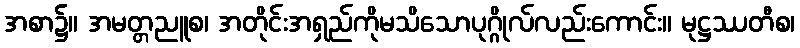
အစာ၌။ အမတ္တညူစ၊ အတိုင်းအရှည်ကိုမသိသောပုဂ္ဂိုလ်လည်းကောင်း။ မုဋ္ဌဿတီစ၊